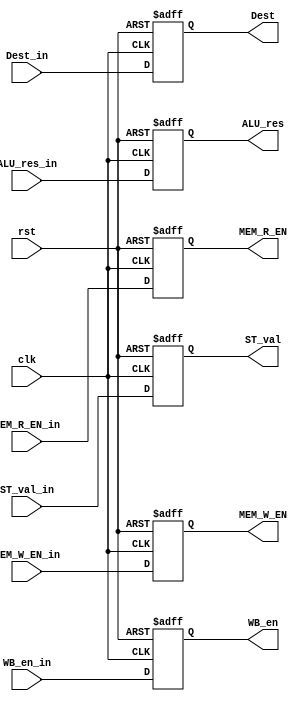
module EXE_Reg (
    input clk, rst, WB_en_in, MEM_R_EN_in, MEM_W_EN_in, 
    input[31:0] ALU_res_in, ST_val_in,
    input[3:0] Dest_in, 

    output reg WB_en, MEM_R_EN, MEM_W_EN,
    output reg[31:0] ALU_res, ST_val, 
    output reg[3:0] Dest
);

    always @(posedge clk, posedge rst) begin
        if (rst) begin
            ALU_res <= 32'b0; ST_val <= 32'b0;
            Dest <= 4'b0;
            WB_en <= 1'b0; MEM_R_EN <= 1'b0; MEM_W_EN <= 1'b0;
        end else begin
            ALU_res <= ALU_res_in; ST_val <= ST_val_in;
            Dest <= Dest_in;
            WB_en <= WB_en_in; MEM_R_EN <= MEM_R_EN_in; MEM_W_EN <= MEM_W_EN_in;            
        end
    end

endmodule